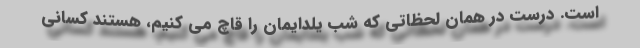
است. درست در همان لحظاتی که شب یلدایمان را قاچ می کنیم، هستند کسانی